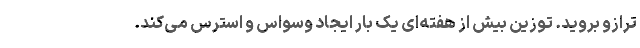
ترازو بروید. توزین بیش از هفته‌ای یک‌ بار ایجاد وسواس و استرس می‌کند.